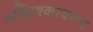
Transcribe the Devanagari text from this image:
मस्तिश्कावरण